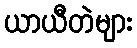
ယာယီတဲများ